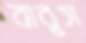
বাবুস